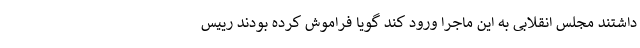
داشتند مجلس انقلابی به این ماجرا ورود کند گویا فراموش کرده بودند رییس